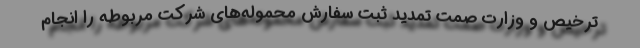
ترخیص و وزارت صمت تمدید ثبت سفارش محموله‌های شرکت مربوطه را انجام